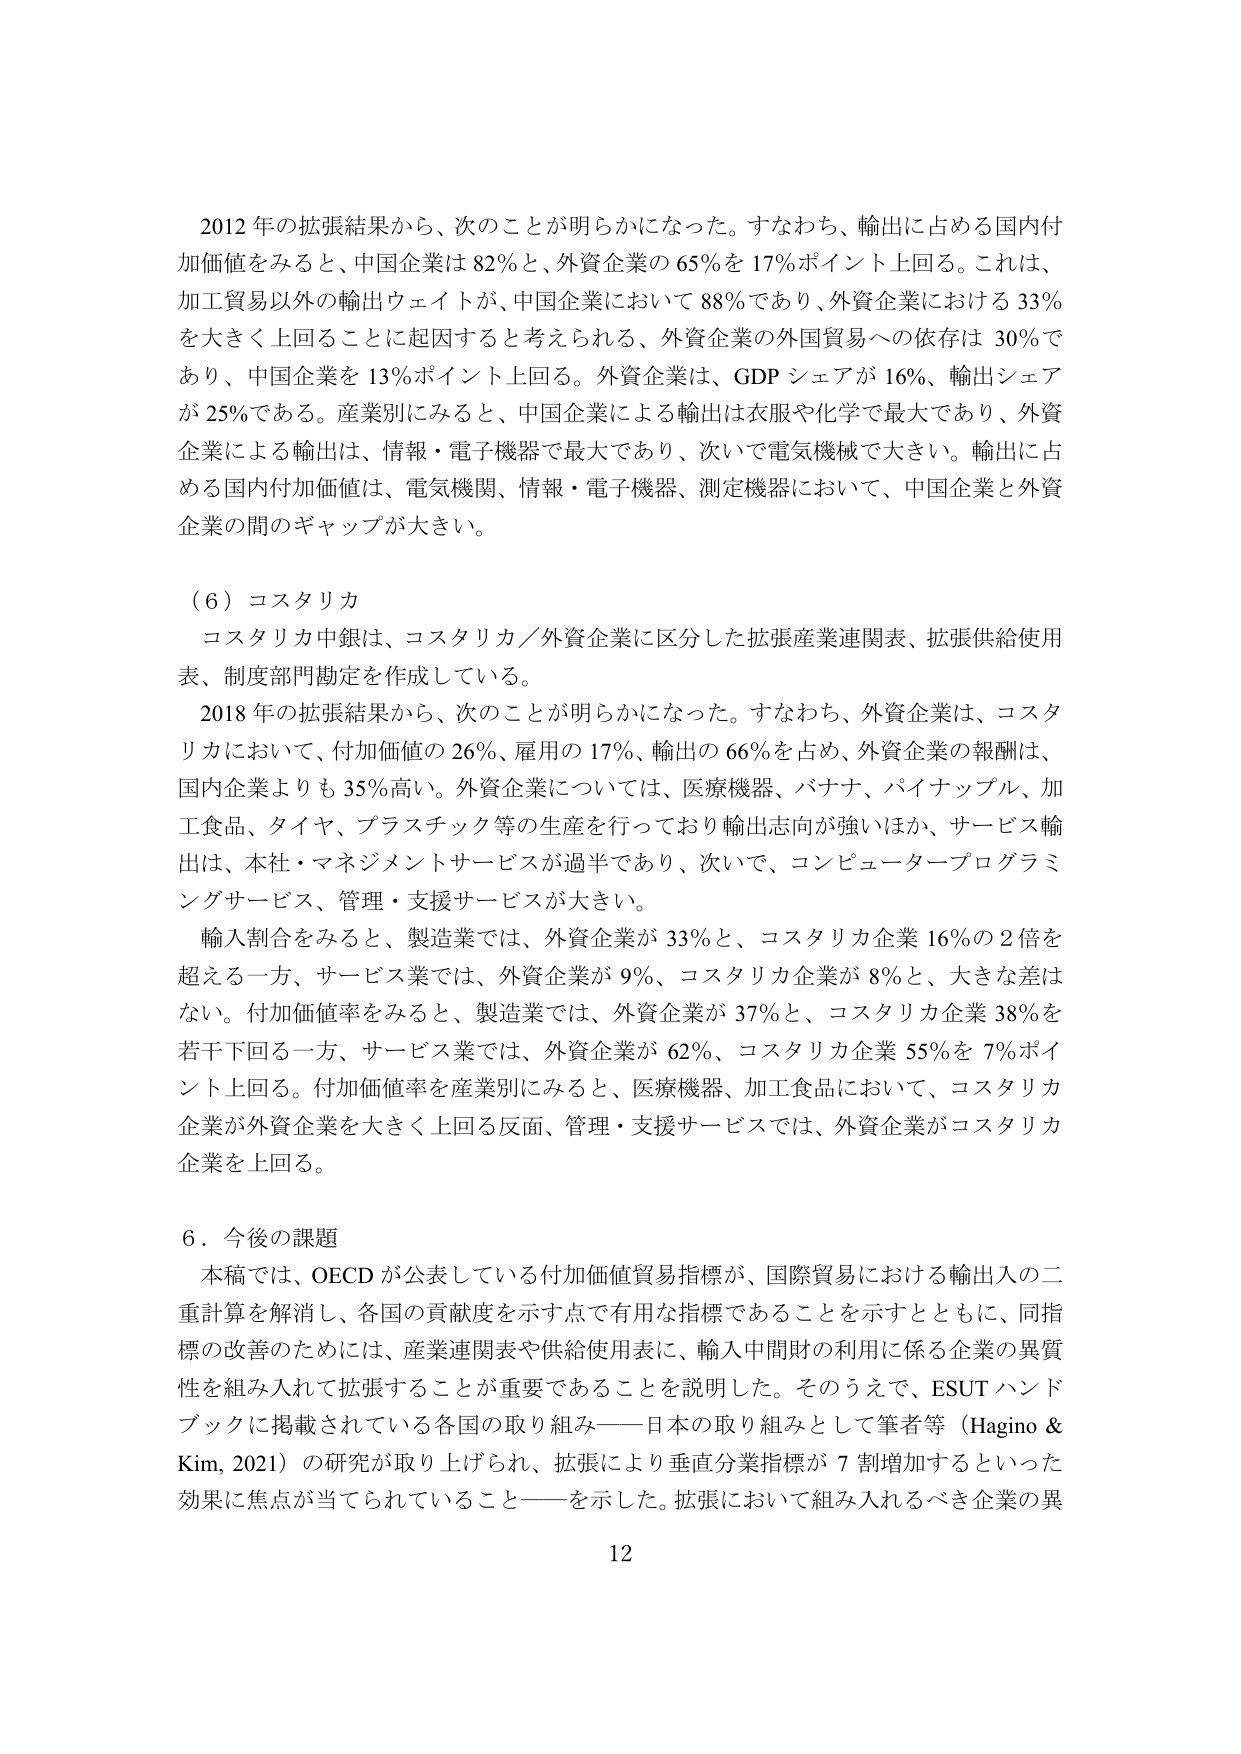
2012年の拡張結果から、次のことが明らかになった。すなわち、輸出に占める国内付加価値をみると、中国企業は82％と、外資企業の65％を17％ポイント上回る。これは、加工貿易以外の輸出ウェイトが、中国企業において88％であり、外資企業における33％を大きく上回ることに起因すると考えられる、外資企業の外国貿易への依存は30％であり、中国企業を13％ポイント上回る。外資企業は、GDPシェアが16％、輸出シェアが25％である。産業別にみると、中国企業による輸出は衣服や化学で最大であり、外資企業による輸出は、情報・電子機器で最大であり、次いで電気機械で大きい。輸出に占める国内付加価値は、電気機関、情報・電子機器、測定機器において、中国企業と外資企業の間のギャップが大きい。

（6）コスタリカ
コスタリカ中銀は、コスタリカ／外資企業に区分した拡張産業連関表、拡張供給使用表、制度部門勘定を作成している。
2018年の拡張結果から、次のことが明らかになった。すなわち、外資企業は、コスタリカにおいて、付加価値の26％、雇用の17％、輸出の66％を占め、外資企業の報酬は、国内企業よりも35％高い。外資企業については、医療機器、バナナ、パイナップル、加工食品、タイヤ、プラスチック等の生産を行っており輸出志向が強いほか、サービス輸出は、本社・マネジメントサービスが過半であり、次いで、コンピュータープログラミングサービス、管理・支援サービスが大きい。
輸入割合をみると、製造業では、外資企業が33％と、コスタリカ企業16％の2倍を超える一方、サービス業では、外資企業が9％、コスタリカ企業が8％と、大きな差はない。付加価値率をみると、製造業では、外資企業が37％と、コスタリカ企業38％を若干下回る一方、サービス業では、外資企業が62％、コスタリカ企業55％を7％ポイント上回る。付加価値率を産業別にみると、医療機器、加工食品において、コスタリカ企業が外資企業を大きく上回る反面、管理・支援サービスでは、外資企業がコスタリカ企業を上回る。

6．今後の課題
本稿では、OECDが公表している付加価値貿易指標が、国際貿易における輸出入の二重計算を解消し、各国の貢献度を示す点で有用な指標であることを示すとともに、同指標の改善のためには、産業連関表や供給使用表に、輸入中間財の利用に係る企業の異質性を組み入れて拡張することが重要であることを説明した。そのうえで、ESUTハンドブックに掲載されている各国の取り組み――日本の取り組みとして筆者等（Hagino & Kim, 2021）の研究が取り上げられ、拡張により垂直分業指標が7割増加するといった効果に焦点が当てられていること――を示した。拡張において組み入れるべき企業の異

12